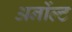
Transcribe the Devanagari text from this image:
अर्नोल्ट